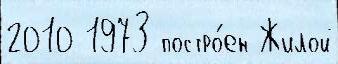
2010 1973 постро́ен Жилой